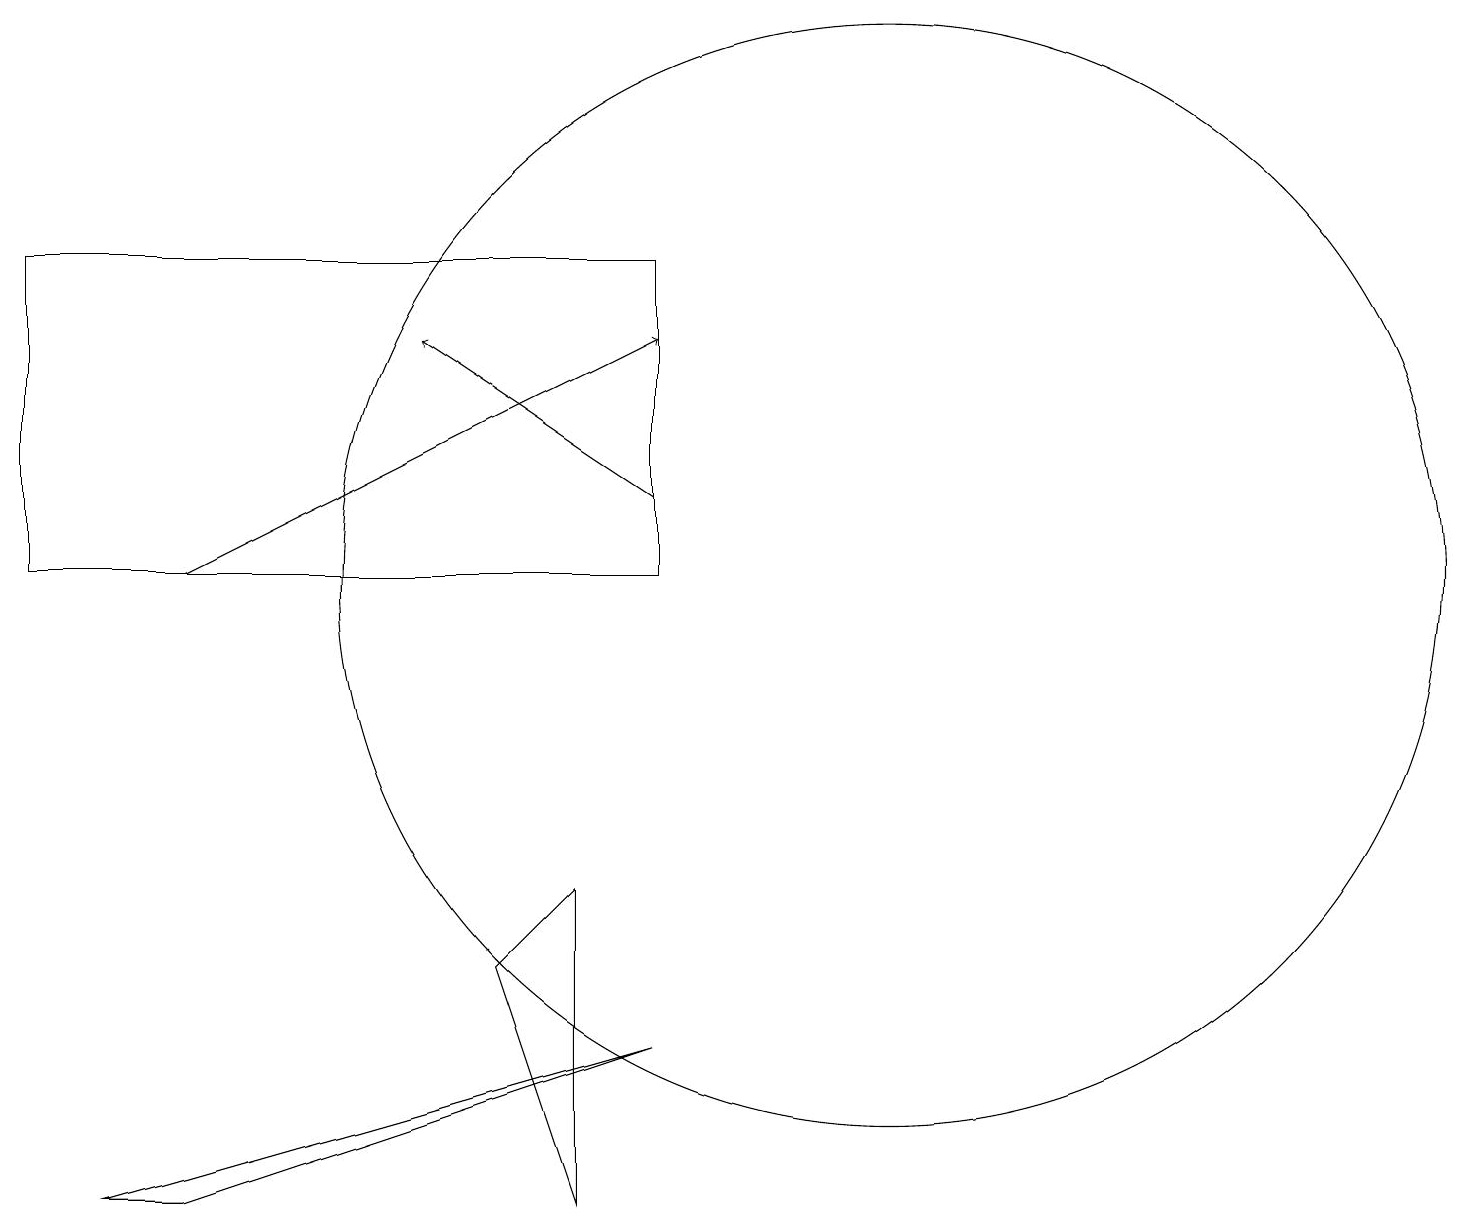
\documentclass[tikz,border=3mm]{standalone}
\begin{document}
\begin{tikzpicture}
\draw (12,12) circle (7);
\draw[->] (9,13) -- (6,15);
\draw (9,6) -- (2,4) -- (3,4) -- cycle;
\draw (8,8) -- (7,7) -- (8,4) -- cycle;
\draw[->] (3,12) -- (9,15);
\draw (9,16) rectangle (1,12);
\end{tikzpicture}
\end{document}